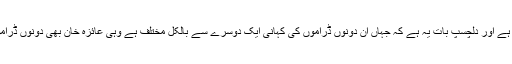
ان دونوں ڈراموں میں عائزہ خان نے مرکزی کردار نبھایا ہے اور دلچسپ بات یہ ہے کہ جہاں ان دونوں ڈراموں کی کہانی ایک دوسرے سے بالکل مختلف ہے وہی عائزہ خان بھی دونوں ڈراموں میں 2 بالکل الگ قسم کے کردار نبھاتی نظر آرہی ہیں۔